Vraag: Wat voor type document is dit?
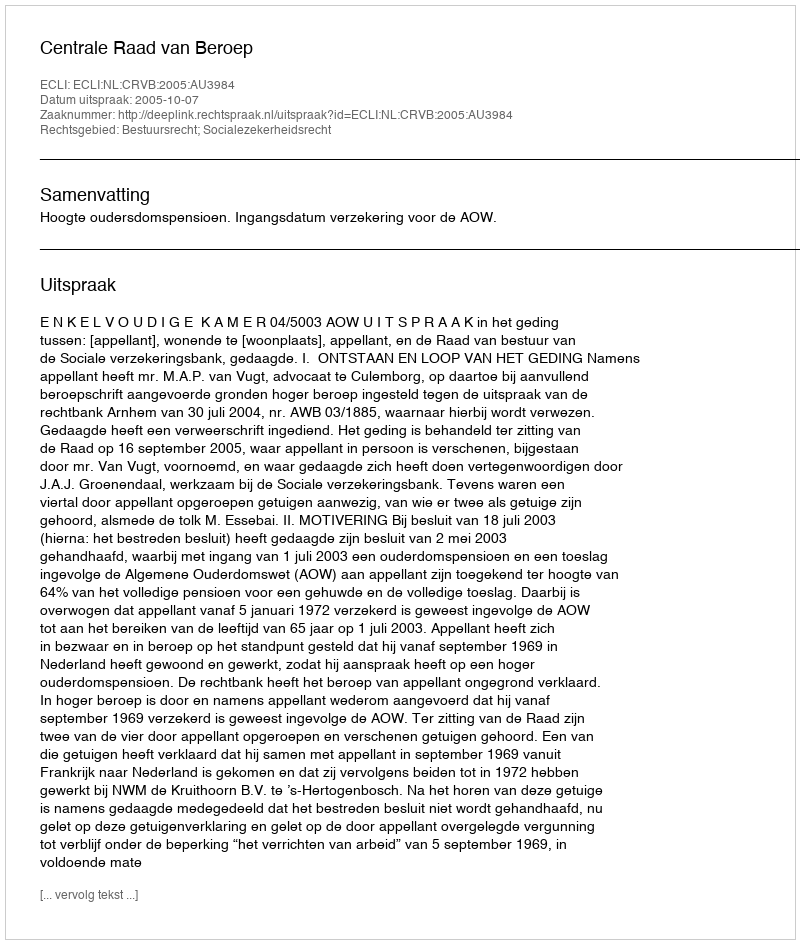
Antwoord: Uitspraak